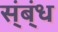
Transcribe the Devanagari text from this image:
स्ंब्ंध